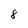
Character: 8